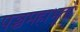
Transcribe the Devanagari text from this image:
पञ्चमहाभूतों